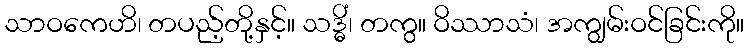
သာဝကေဟိ၊ တပည့်တို့နှင့်။ သဒ္ဓိံ၊ တကွ။ ဝိဿာသံ၊ အကျွမ်းဝင်ခြင်းကို။